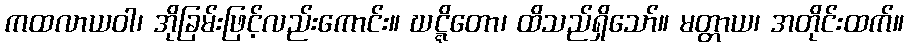
ကထလာယဝါ၊ အိုခြမ်းဖြင့်လည်းကောင်း။ ဃဋ္ဋိတော၊ ထိသည်ရှိသော်။ မတ္တာယ၊ အတိုင်းထက်။